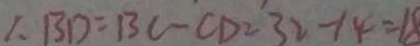
1 . B D = B C - C D = 3 2 - 1 4 = 1 8